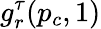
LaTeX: g_{r}^{\tau}(p_{c},1)